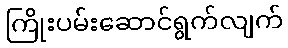
ကြိုးပမ်းဆောင်ရွက်လျက်